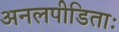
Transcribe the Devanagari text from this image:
अनलपीडिताः